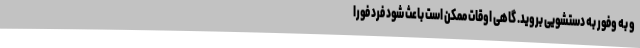
و به وفور به دستشویی بروید. گاهی اوقات ممکن است باعث شود فرد فورا